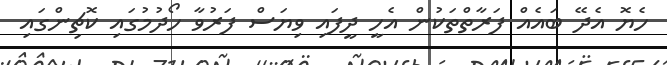
ހެޔޮ އެދޭ ބައެއް ފަރާތްތަކުން އެހީ ދީފައި ވިޔަސް ފަރުވާ ހޯދުމުގައި ކޮޗިންގައި